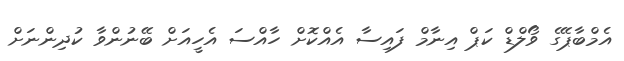
އެމްބާޕޭގެ ވޯލްޑް ކަޕް އިނާމް ފައިސާ އެއްކޮށް ހާއްސަ އެހީއަށް ބޭނުންވާ ކުދިންނަށް